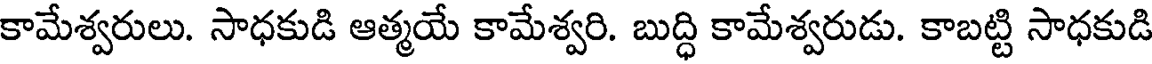
కామేశ్వరులు. సాధకుడి ఆత్మయే కామేశ్వరి. బుద్ధి కామేశ్వరుడు. కాబట్టి సాధకుడి